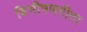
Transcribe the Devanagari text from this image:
बिभीषणगीता